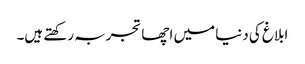
ابلاغ کی دنیا میں اچھا تجربہ رکھتے ہیں۔